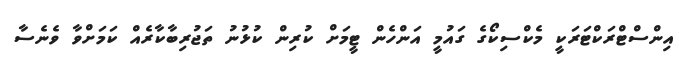
އިންސްޓްރަކްޓަރަކީ މެކްސިކޯގެ ގައުމީ އަންހެން ޓީމަށް ކުރިން ކުޅުނު ތަޖުރިބާކާރެއް ކަމަށްވާ ވެނެސާ